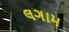
લગામ